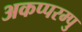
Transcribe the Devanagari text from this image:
अकप्परम्पु